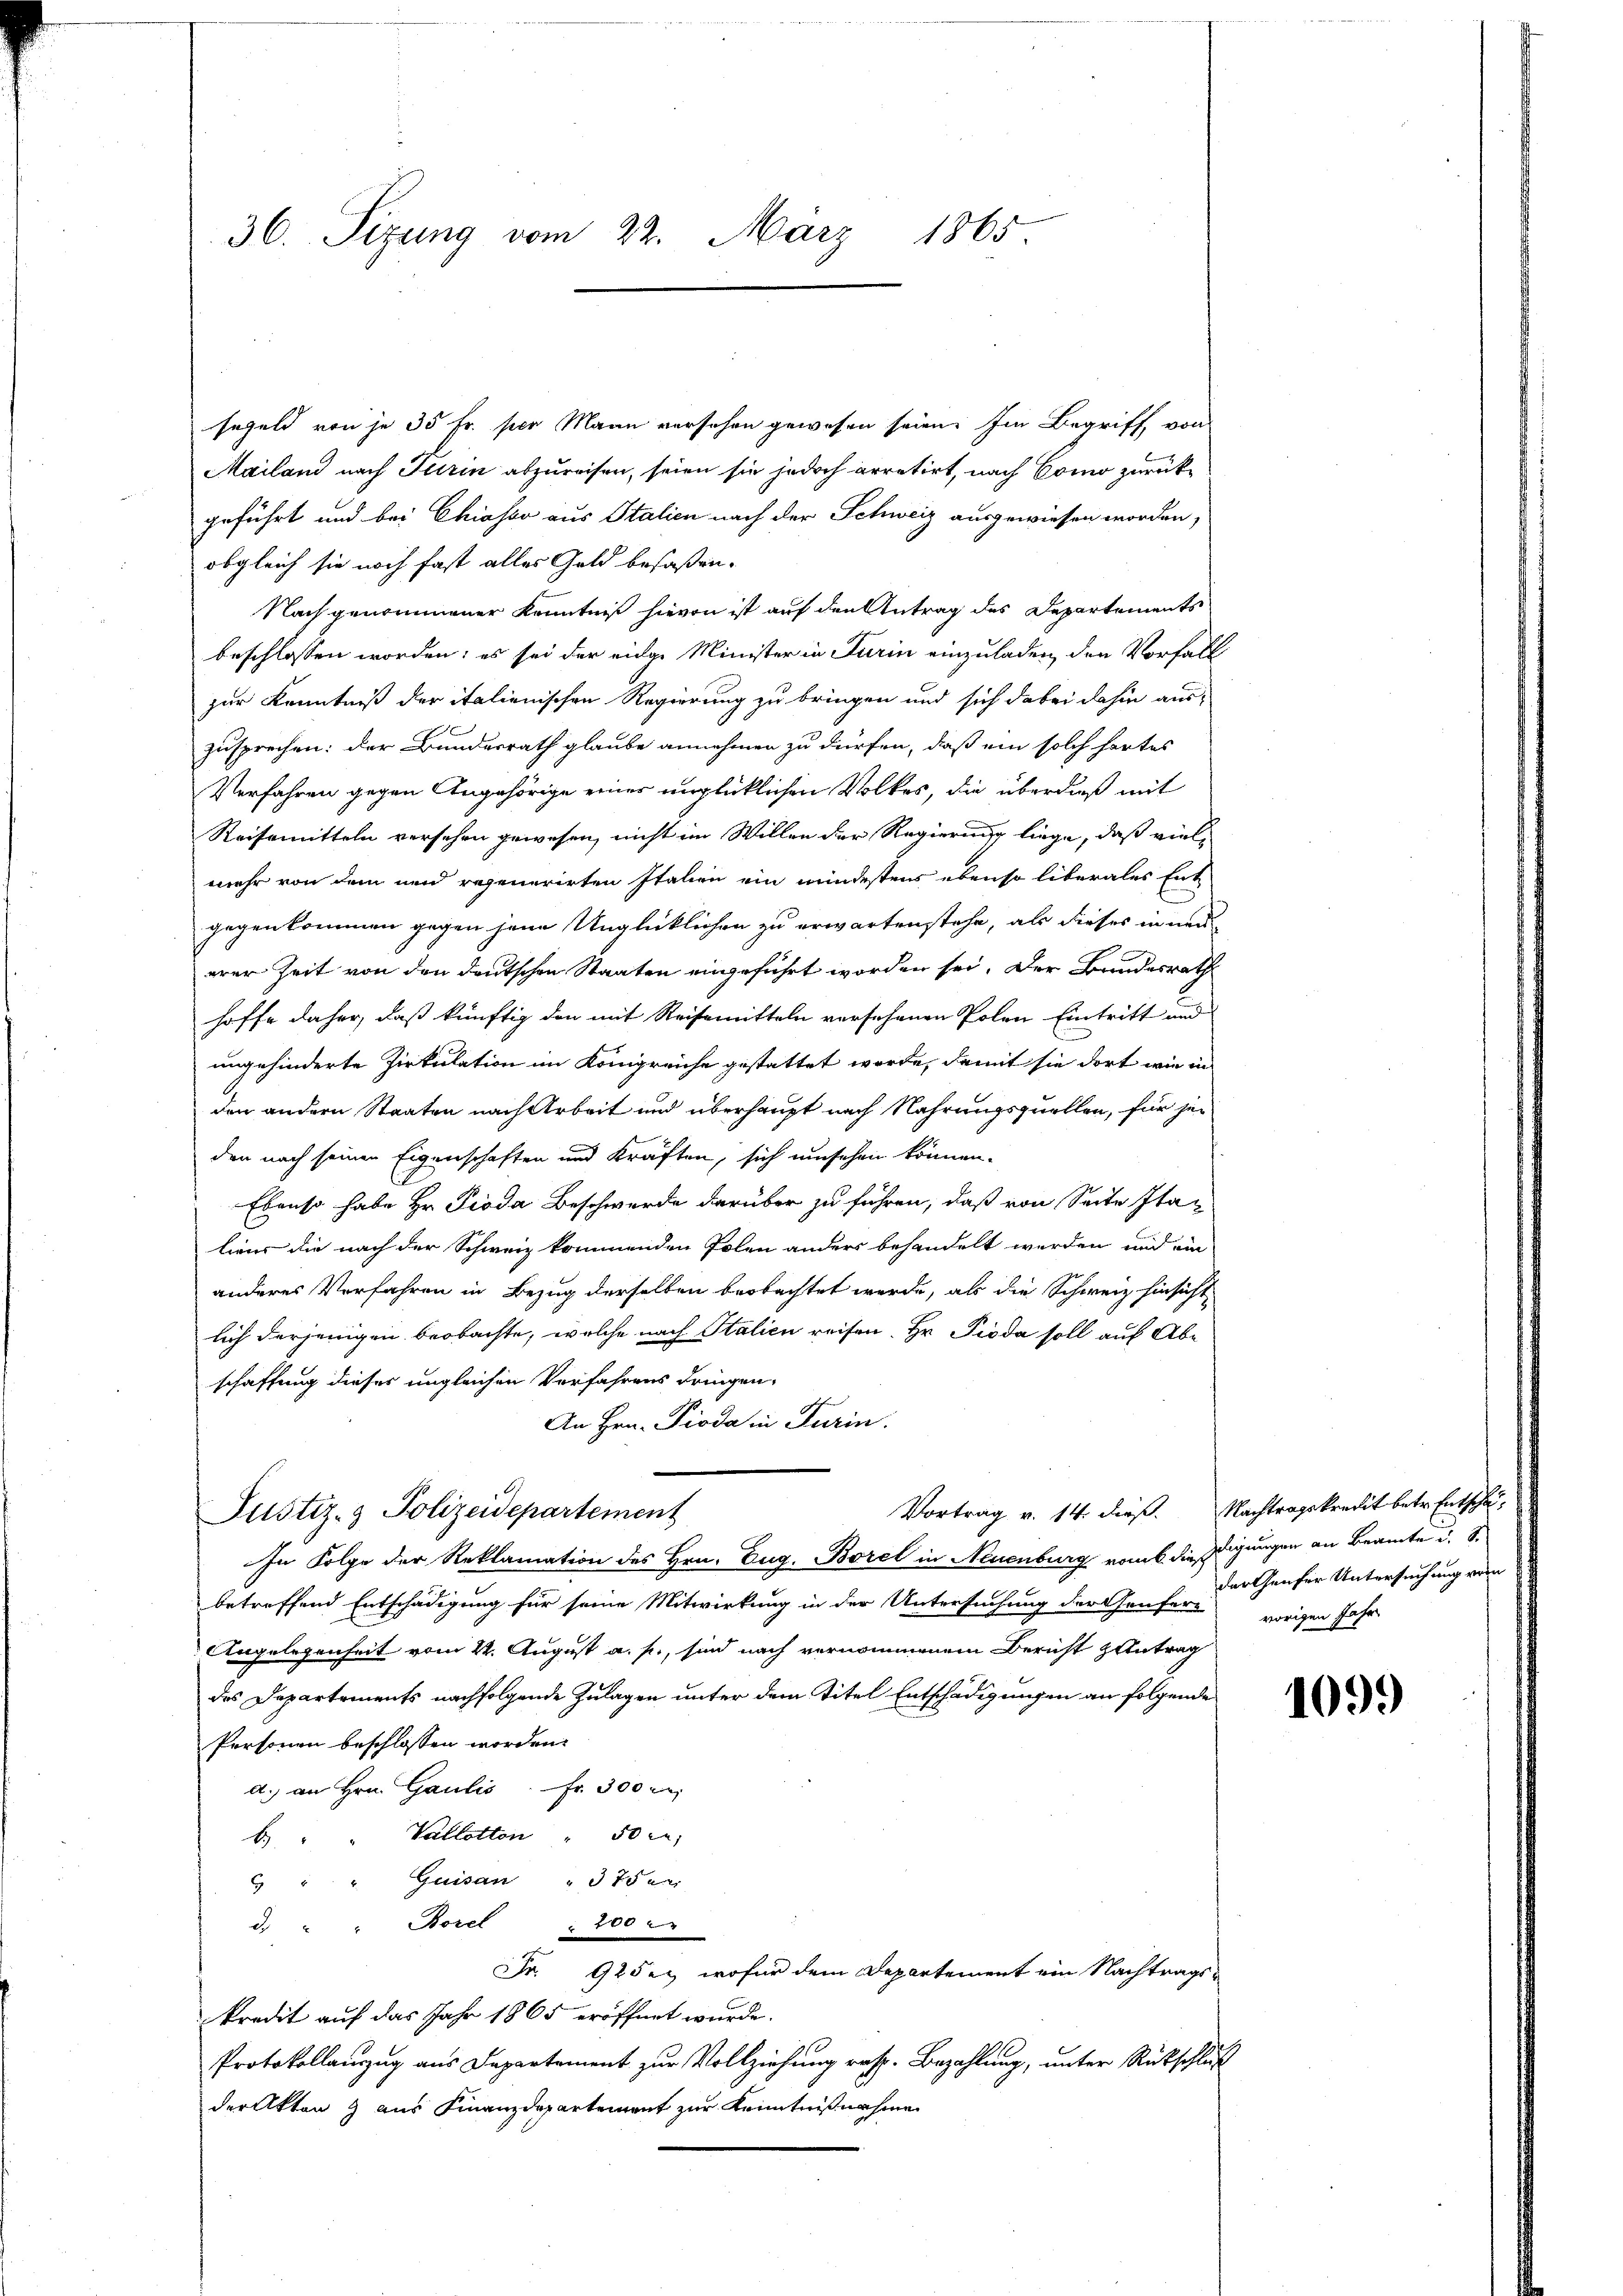
36. Sizung vom 22. März 1865.

segeld von je 35 Fr. per Mann versehen gewesen seien. Im Begriff von
Mailand nach Turin abzureisen, seien sie jedoch arretirt, nach Como zurückgeführt und bei Chiasso aus Italien nach der Schweiz ausgewiesen worden,
obgleich sie noch fast alles Geld besaßen.
Nach genommener Kenntniß hievon ist auf den Antrag des Departements
beschlossen worden; es sei der einge Minister in Turin einzuladen, den Vorfall
zur Kenntniß der italienischen Regierung zu bringen und sich dabei dahin aus-
zusprechen: Der Bundesrath glaube annehmen zu dürfen, daß ein solch hartes
Verfahren gegen Angehörige einer unglücklichen Volkes, die überdieß mit
Reisemitteln versehen gewesen, nicht im Willen der Regierung liege, daß vielmehr von dem und regenerirten Italien ein mindestens ebenso liberales Ent-
gegenkommen gegen jene Unglücklichen zu erwartenstehe, als dieses in neu
arer Zeit von den deutschen Staaten eingeführt worden sei. Der Bundesrath
hoffe daher, daß künftig den mit Reisemitteln versehenen Polen Eintritt und
ungehinderte Zirkulation im Königreiche gestattet werde, damit sie dort wie in
den andern Staaten nach Arbeit und überhaupt nach Nahrungsquellen, für jeden noch seinen Eigenschaften und Kräften, sich umsehen können.
Ebenso habe Hr. Pioda Beschwerde darüber zu führen, daß von Seite Italiens die nach der Schweiz kommenden Polen anders behandelt werden und ein
anderes Verfahren in Bezug derselben beobachtet werde, als die Schweiz hinsicht
lich derjenigen beobachte, welche nach Italien reisen. Hr. Pioda soll auf Abe
schaffung dieses ungleichen Verfahrens dringen,
An Hrn. Pioda in Turin.
Justiz- & Polizeidepartement
In Folge der Reklamation des Hrn. Eug. Borel in Neuenburg ramik die digungen an Beamte u. s.
betreffend Entschädigung für seine Mitwirkung in der Untersuchung der Genfere vorigen Jahr
Angelegenheit vom 22. August a. p., sind nach vernommenem Bericht Antrag
des Departements nachfolgende Zulagen unter dem Titel Entschädigungen an folgende
Personen beschlossen worden.
d.) an Hrn. Gaulis Fr. 300 r
Vallotton " 50 ce;
b
Guisan " 3 Tari
9
d. " " Borel 200
Fr. 92 der, wofür dem Departement ein Nachtrags-
kredit auf das Jahr 1865 eröffnet wurde.
Protokollauszug aus Departement zur Vollziehung resp. Bezahlung, unter Rückschluß
der Akten & aus Finanzdepartement zur Kenntnißnahme

Vortrag v. 14. dieß. Nachtragskredit betr. Entschul¬

der Genfer Untersuchung vom

1099